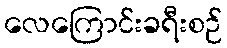
လေကြောင်းခရီးစဉ်